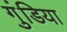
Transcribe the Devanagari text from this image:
गुंडिया